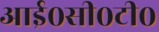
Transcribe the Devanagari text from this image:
आई०सी०टी०